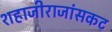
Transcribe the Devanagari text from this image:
शहाजीराजांसकट